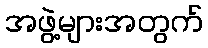
အဖွဲ့များအတွက်